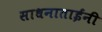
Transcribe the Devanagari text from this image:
साधनाताईंनी